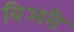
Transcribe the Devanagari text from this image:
विअरी